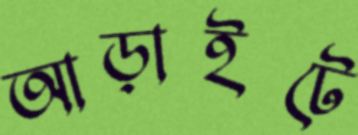
আড়াইটে